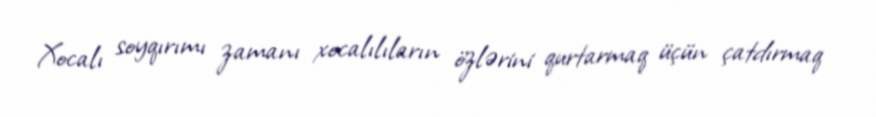
Xocalı soyqırımı zamanı xocalılıların özlərini qurtarmaq üçün çatdırmaq